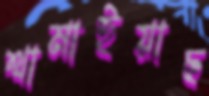
থামাইয়াছ